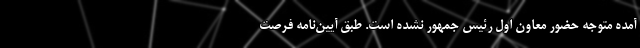
آمده متوجه حضور معاون اول رئیس جمهور نشده است. طبق آیین‌نامه فرصت